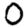
Digit: 0